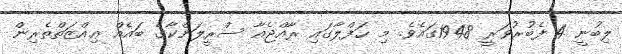
ލިބުނީ 4 ފެބުރުވަރީ 1948ގައެވެ. މި ޙަފްލާގައި ރާއްޖެއާ ސްރީލަންކާގެ ބައެއް ޢިއްޒަތްތެރިން